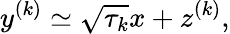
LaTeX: y^{(k)}\simeq\sqrt{\tau_{k}}x+z^{(k)},